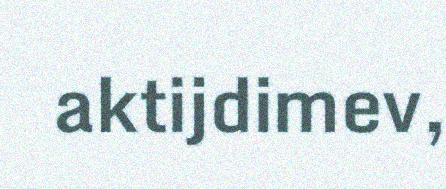
aktijdimev,